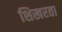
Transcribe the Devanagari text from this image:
शिखरता